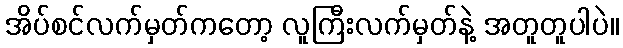
အိပ်စင်လက်မှတ်ကတော့ လူကြီးလက်မှတ်နဲ့ အတူတူပါပဲ။